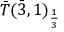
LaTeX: { \bar { T } } ( { \bar { 3 } } , 1 ) _ { \frac { 1 } { 3 } }